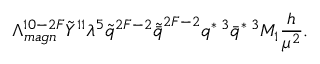
\Lambda _ { m a g n } ^ { 1 0 - 2 F } \tilde { Y } ^ { 1 1 } \lambda ^ { 5 } \tilde { q } ^ { 2 F - 2 } \tilde { \bar { q } } ^ { 2 F - 2 } q ^ { * \; 3 } \bar { q } ^ { * \; 3 } M _ { 1 } \frac { h } { \mu ^ { 2 } } .